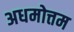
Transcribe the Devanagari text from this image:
अधमोत्तम